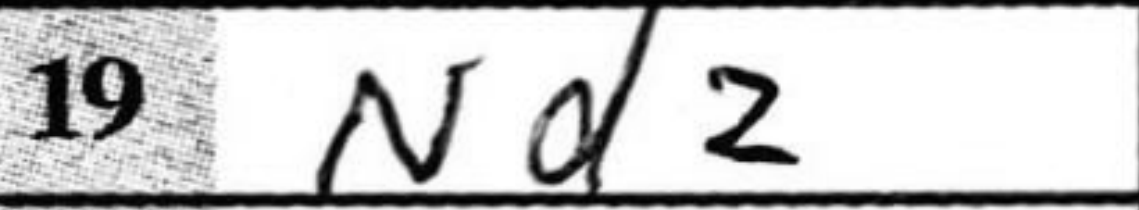
Transcription: Nd2